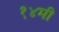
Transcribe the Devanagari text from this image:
१४मी